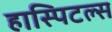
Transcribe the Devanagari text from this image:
हास्पिटल्स